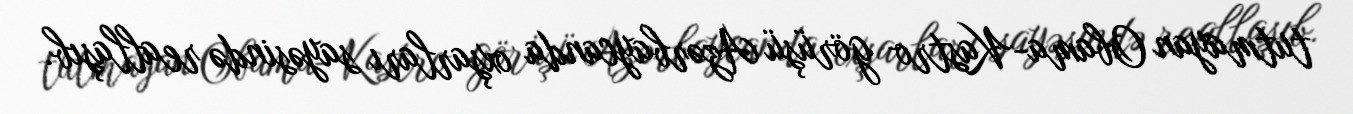
tutmayan Obama-Kastro görüşü Azərbaycanda oxşarları sayəsində reallaşıb.